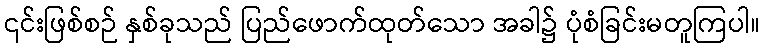
၎င်းဖြစ်စဉ် နှစ်ခုသည် ပြည်ဖောက်ထုတ်သော အခါ၌ ပုံစံခြင်းမတူကြပါ။